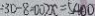
: 3 D - 8 = 0 0 2 x = 5 4 0 0